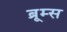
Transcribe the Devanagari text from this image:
ब्रूम्स